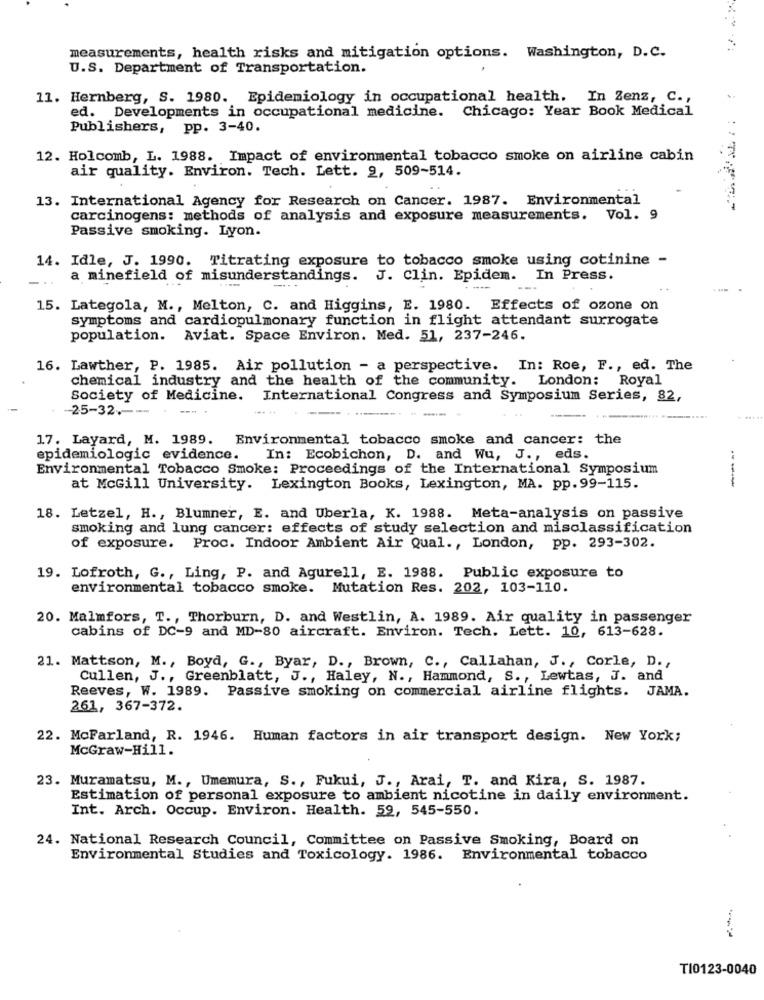
measurements, health risks and mitigation options. Washington, D.C.
U.S. Department of Transportation.
11. Hernberg, S. 1980. Epidemiology in occupational health. In Zenz, C .,
ed. Developments in occupational medicine. Chicago: Year Book Medical
Publishers,
pp. 3-40.
12. Holcomb, L. 1988. Impact of environmental tobacco smoke on airline cabin
air quality. Environ. Tech. Lett. 9, 509-514.
13. International Agency for Research on Cancer. 1987. Environmental
carcinogens: methods of analysis and exposure measurements. Vol. 9
Passive smoking. Lyon.
14. Idle, J. 1990. Titrating exposure to tobacco smoke using cotinine -
a minefield of misunderstandings. J. Clin. Epidem. In Press.
15. Lategola, M ., Melton, C. and Higgins, E. 1980. Effects of ozone on
symptoms and cardiopulmonary function in flight attendant surrogate
population. Aviat. Space Environ. Med. 51, 237-246.
16. Lawther, P. 1985. Air pollution - a perspective. In: Roe, F ., ed. The
chemical industry and the health of the community.
London: Royal
Society of Medicine.
International Congress and Symposium Series, 82,
-25-32 .--
17. Layard, M. 1989. Environmental tobacco smoke and cancer: the
epidemiologic evidence. In: Ecobichon, D. and Wu, J ., eds.
Environmental Tobacco Smoke: Proceedings of the International Symposium
--
at McGill University. Lexington Books, Lexington, MA. pp. 99-115.
18. Letzel, H ., Blumner, E. and Uberla, K. 1988. Meta-analysis on passive
smoking and lung cancer: effects of study selection and misclassification
of exposure. Proc. Indoor Ambient Air Qual ., London, pp. 293-302.
19. Lofroth, G ., Ling, P. and Agurell, E. 1988. Public exposure to
environmental tobacco smoke. Mutation Res. 202, 103-110.
20. Malmfors, T ., Thorburn, D. and Westlin, A. 1989. Air quality in passenger
cabins of DC-9 and MD-80 aircraft. Environ. Tech. Lett. 10, 613-628.
21. Mattson, M ., Boyd, G ., Byar, D ., Brown, C ., Callahan, J ., Corle, D .,
Cullen, J ., Greenblatt, J ., Haley, N ., Hammond, S ., Lewtas, J. and
Reeves, W. 1989. Passive smoking on commercial airline flights. JAMA.
261, 367-372.
22. McFarland, R. 1946. Human factors in air transport design. New York;
McGraw-Hill.
23. Muramatsu, M ., Umemura, S ., Fukui, J ., Arai, T. and Kira, S. 1987.
Estimation of personal exposure to ambient nicotine in daily environment.
Int. Arch. Occup. Environ. Health. 59, 545-550.
24. National Research Council, Committee on Passive Smoking, Board on
Environmental Studies and Toxicology. 1986. Environmental tobacco
T10123-0040